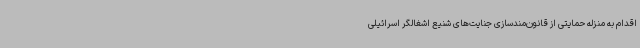
اقدام به منزله حمایتی از قانون‌مندسازی جنایت‌های شنیع اشغالگر اسرائیلی